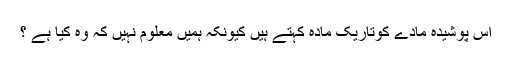
اس پوشیدہ مادے کوتاریک مادہ کہتے ہیں کیونکہ ہمیں معلوم نہیں کہ وہ کیا ہے ؟